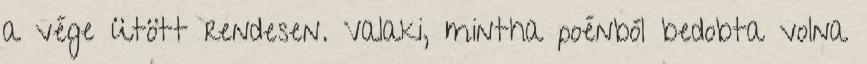
a vége ütött rendesen. Valaki, mintha poénból bedobta volna